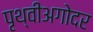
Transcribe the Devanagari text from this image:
पृथ्वीअगोदर